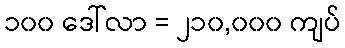
၁၀၀ ဒေါ်လာ = ၂၁၀,၀၀၀ ကျပ်